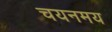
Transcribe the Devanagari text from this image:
चयनमय